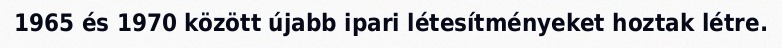
1965 és 1970 között újabb ipari létesítményeket hoztak létre.